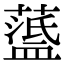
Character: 𦽘